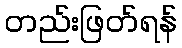
တည်းဖြတ်ရန်